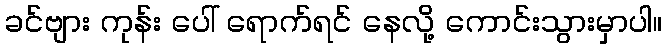
ခင်ဗျား ကုန်း ပေါ် ရောက်ရင် နေလို့ ကောင်းသွားမှာပါ။